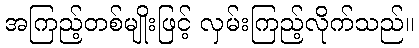
အကြည့်တစ်မျိုးဖြင့် လှမ်းကြည့်လိုက်သည်။